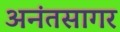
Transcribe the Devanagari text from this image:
अनंतसागर